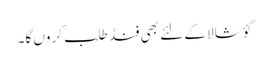
گؤ شالا کے لئے بھی فنڈ طلب کروں گا۔